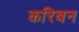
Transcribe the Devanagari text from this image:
करिबन